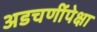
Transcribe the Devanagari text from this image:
अडचणींपेक्षा